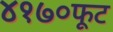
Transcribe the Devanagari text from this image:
४१७०फूट